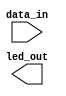


module led_driver(
    input [7:0] data_in,
    output [7:0] led_out
);

endmodule // led_driver